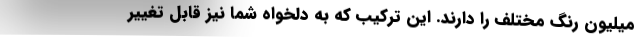
میلیون رنگ مختلف را دارند. این ترکیب که به دلخواه شما نیز قابل تغییر